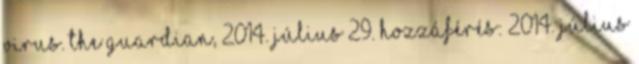
virus. The Guardian, 2014. július 29. Hozzáférés: 2014. július